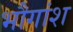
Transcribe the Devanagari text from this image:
भौगांश